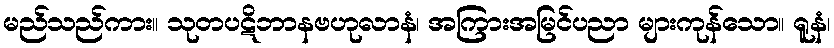
မည်သည်ကား။ သုတပဋိဘာနဗဟုလာနံ၊ အကြားအမြင်ပညာ များကုန်သော။ ရူနံ၊